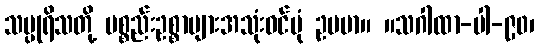
သပ္ပုရိသတို့ ပစ္စည်းဥစ္စာများအသုံးဝင်ပုံ ဥပမာ။ ။သဂါထာ-ပါ-၉၀၊